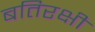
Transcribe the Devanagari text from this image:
बतिरक्षी